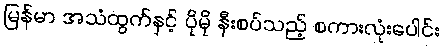
မြန်မာ အသံထွက်နှင့် ပိုမို နီးစပ်သည့် စကားလုံးပေါင်း